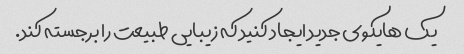
یک هایکوی جدید ایجاد کنید که زیبایی طبیعت را برجسته کند.